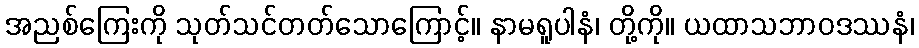
အညစ်ကြေးကို သုတ်သင်တတ်သောကြောင့်။ နာမရူပါနံ၊ တို့ကို။ ယထာသဘာဝဒဿနံ၊